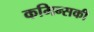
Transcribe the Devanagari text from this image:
कमिन्सकी